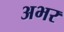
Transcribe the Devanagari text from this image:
अभर